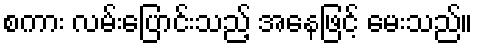
စကား လမ်းပြောင်းသည့် အနေဖြင့် မေးသည်။